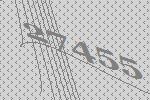
27455